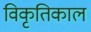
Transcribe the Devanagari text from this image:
विकृतिकाल